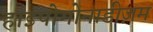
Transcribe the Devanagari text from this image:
हाइपोगोनाडीज़म